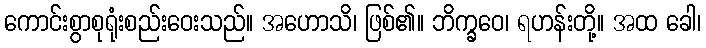
ကောင်းစွာစုရုံးစည်းဝေးသည်။ အဟောသိ၊ ဖြစ်၏။ ဘိက္ခဝေ၊ ရဟန်းတို့။ အထ ခေါ၊